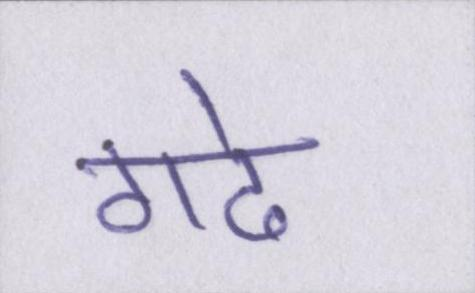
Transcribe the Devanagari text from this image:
गढे